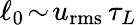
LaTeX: {\ell_{0}}\! \sim\! u_{\mathrm{rms}}\, \tau_{L}